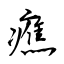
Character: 癄